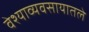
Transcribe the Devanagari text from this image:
वेश्याव्यवसायातले